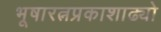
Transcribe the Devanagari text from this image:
भूषारत्नप्रकाशाढ्यो